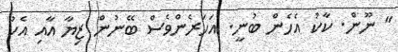
" ނޫން. ކާކު އެހެން ބުނީ. އަހަރެންވެސް ބޭނުން ޒިޔާ އާއި އެކު